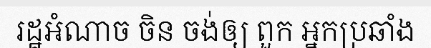
រដ្ឋអំណាច ចិន ចង់ឲ្យ ពួក អ្នកប្រឆាំង